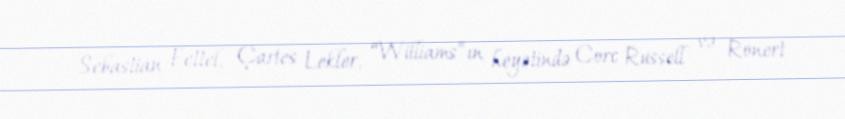
Sebastian Fettel, Çarles Lekler, “Williams”ın heyətində Corc Russell və Ronert